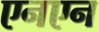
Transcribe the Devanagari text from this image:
एनएन